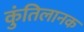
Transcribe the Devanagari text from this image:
कुंतिलानक